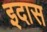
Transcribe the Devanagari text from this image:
इदास